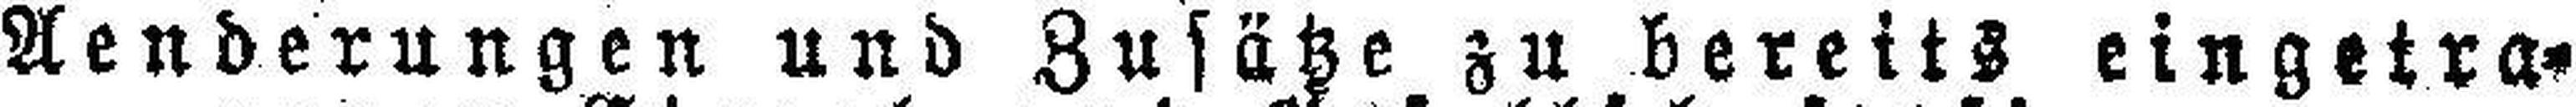
Aenderungen und Zusätze zu bereits eingetra¬